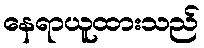
နေရာယူထားသည်